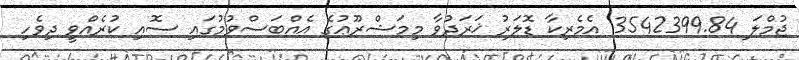
ޖުމްލަ 3542399.84 އެމެރިކާ ޑޮލަރު ޚަރަދުވާ މިމަޝްރޫޢުގެ އެއްބަސްވުމުގައި ސޮއި ކުރެއްވީ ދިވެހި